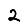
Digit: 2